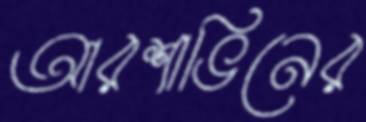
আরশাভিনের